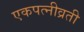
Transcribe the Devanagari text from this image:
एकपत्नीव्रती